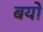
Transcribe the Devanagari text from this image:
बयो